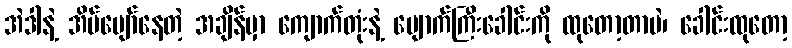
အဲဒါနဲ့ အိပ်ပျော်နေတဲ့ အချိန်မှာ ကျောက်တုံးနဲ့ မျောက်ကြီးခေါင်းကို ထုတော့တာပဲ၊ ခေါင်းထုတော့